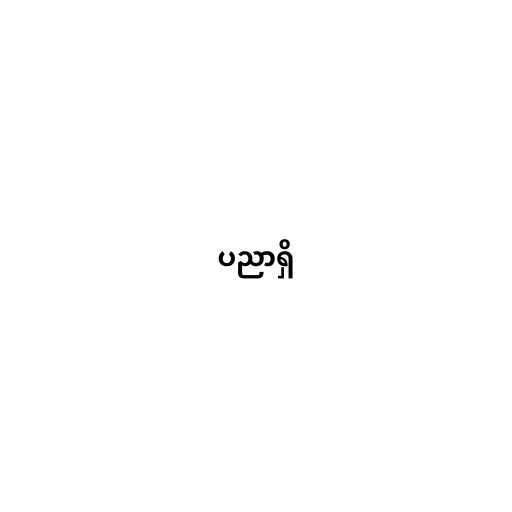
ပညာရှိ